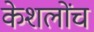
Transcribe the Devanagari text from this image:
केशलोंच